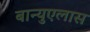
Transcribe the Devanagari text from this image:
बान्युएलास